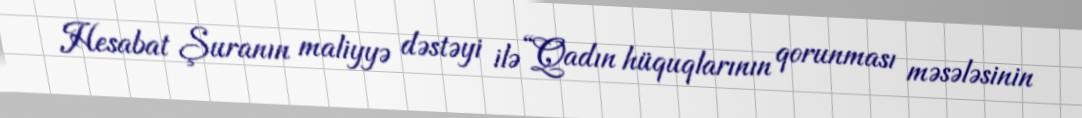
Hesabat Şuranın maliyyə dəstəyi ilə “Qadın hüquqlarının qorunması məsələsinin